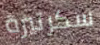
سكرتيرة